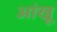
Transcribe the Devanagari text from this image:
आंखू